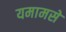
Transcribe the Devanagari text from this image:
यमामसे